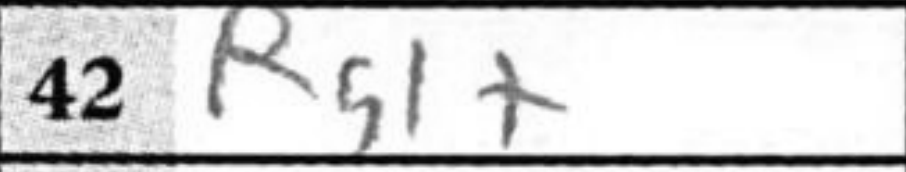
Transcription: Rg1+